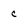
Character: c